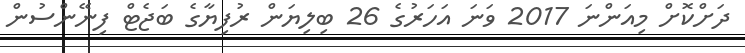
ދަށްކޮށް މިއަންނަ 2017 ވަނަ އަހަރުގެ 26 ބިލިޔަން ރުފިޔާގެ ބަޖެޓް ފިނޭންސުން